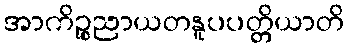
အာကိဉ္စညာယတနူပပတ္တိယာတိ